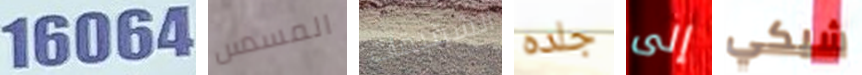
16064 المسدس الشقيقات جلده إلى شيكي